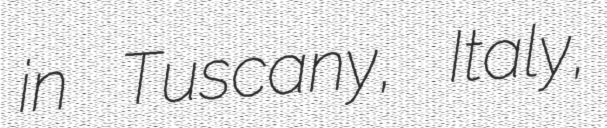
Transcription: in Tuscany, Italy,